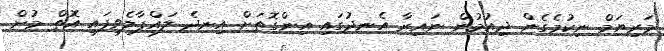
މަރިޔަމް ނިކުމެގެން ދިއުމުން ނައިރާ އެނދުގައި އިންގޮތަށް އިނދެ ލައްޕާލެވިފައި އޮތް މުށް